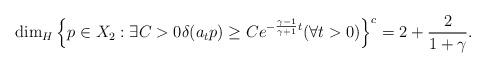
LaTeX: \begin{align*}\dim_H\left\{p\in X_2:\exists C>0 \delta(a_tp)\geq Ce^{-\frac{\gamma-1}{\gamma+1} t}(\forall t>0)\right\}^c=2+\frac2{1+\gamma}.\end{align*}